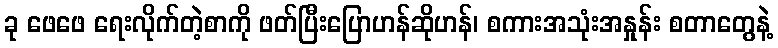
ခု ဖေဖေ ရေးလိုက်တဲ့စာကို ဖတ်ပြီးပြောဟန်ဆိုဟန်၊ စကားအသုံးအနှုန်း စတာတွေနဲ့